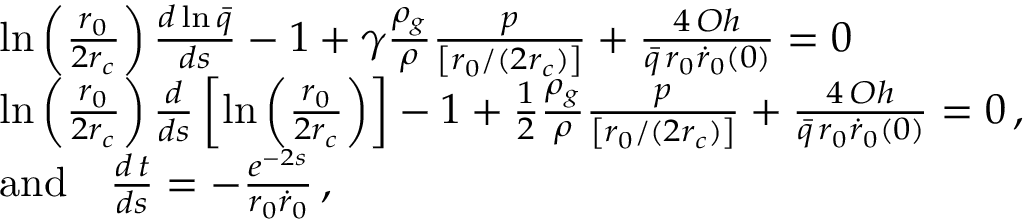
\begin{array} { r l } & { \ln \left( \frac { r _ { 0 } } { 2 r _ { c } } \right) \frac { d \ln \bar { q } } { d s } - 1 + \gamma \frac { \rho _ { g } } { \rho } \frac { p } { \left[ r _ { 0 } / ( 2 r _ { c } ) \right] } + \frac { 4 \, O h } { \bar { q } \, r _ { 0 } \dot { r } _ { 0 } ( 0 ) } = 0 \, } \\ & { \ln \left( \frac { r _ { 0 } } { 2 r _ { c } } \right) \frac { d } { d s } \left[ \ln \left( \frac { r _ { 0 } } { 2 r _ { c } } \right) \right] - 1 + \frac { 1 } { 2 } \frac { \rho _ { g } } { \rho } \frac { p } { \left[ r _ { 0 } / ( 2 r _ { c } ) \right] } + \frac { 4 \, O h } { \bar { q } \, r _ { 0 } \dot { r } _ { 0 } ( 0 ) } = 0 \, , } \\ & { \mathrm { a n d } \quad \frac { d \, t } { d s } = - \frac { e ^ { - 2 s } } { r _ { 0 } \dot { r } _ { 0 } } \, , } \end{array}